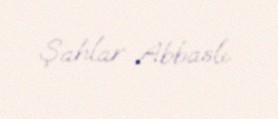
Şahlar Abbaslı